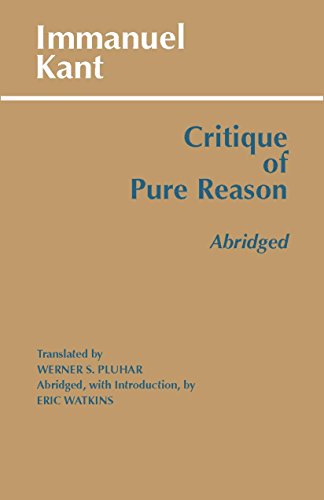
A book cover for Critique of Pure Reason, Abridged (Hackett Publishing Co.); Immanuel Kant; Politics & Social Sciences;